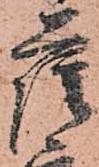
薩